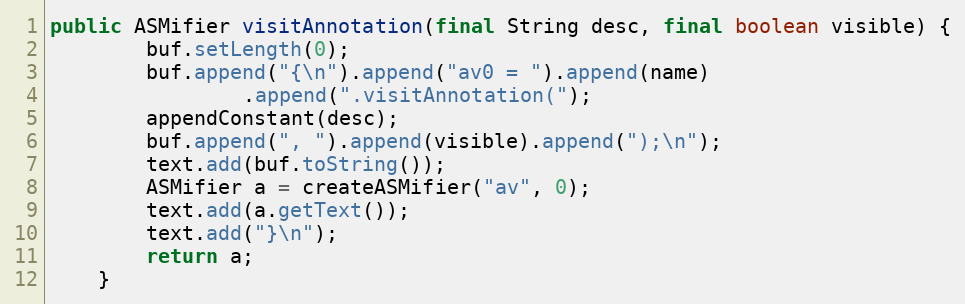
Language: Java
public ASMifier visitAnnotation(final String desc, final boolean visible) {
        buf.setLength(0);
        buf.append("{\n").append("av0 = ").append(name)
                .append(".visitAnnotation(");
        appendConstant(desc);
        buf.append(", ").append(visible).append(");\n");
        text.add(buf.toString());
        ASMifier a = createASMifier("av", 0);
        text.add(a.getText());
        text.add("}\n");
        return a;
    }